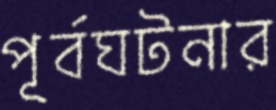
পূর্বঘটনার